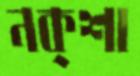
নক্শা